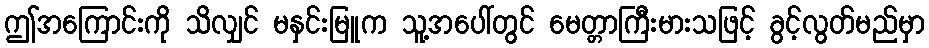
ဤအကြောင်းကို သိလျှင် မနှင်းမြူက သူ့အပေါ်တွင် မေတ္တာကြီးမားသဖြင့် ခွင့်လွတ်မည်မှာ